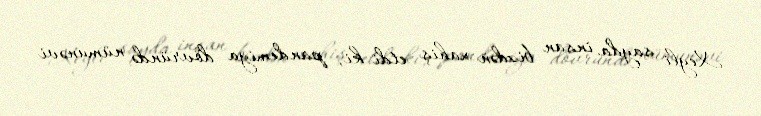
Xeyli sayda insan bizdən xahiş etdi ki, pandemiya dövründə nümunəvi